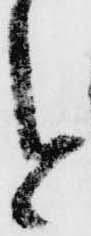
今